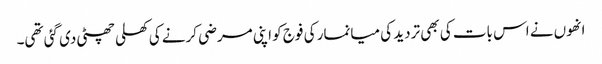
انھوں نے اس بات کی بھی تردید کی میانمار کی فوج کو اپنی مرضی کرنے کی کھلی چھٹی دی گئی تھی۔